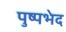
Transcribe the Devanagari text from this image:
पुष्पभेद